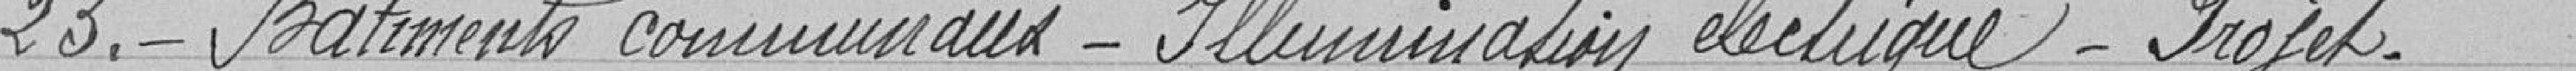
23. Bâtiments communaux - Illumination électrique - Projet.